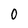
Character: 0